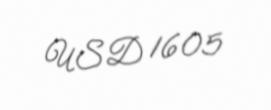
USD 1605